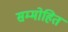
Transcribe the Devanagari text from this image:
सम्‍मोहित